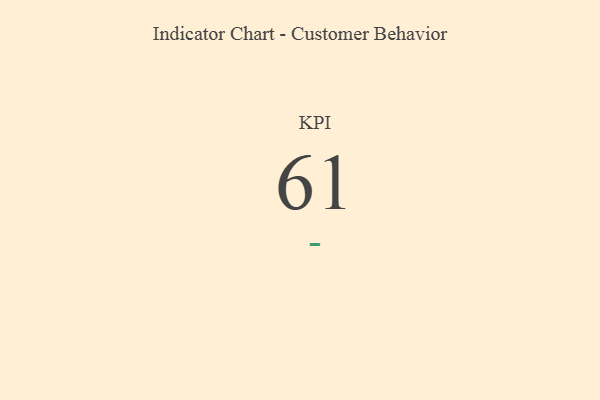
{"axis": {"x": "KPI", "y": "Value"}, "legend": [""], "data": [{"x": "KPI", "y": 61, "type": ""}]}